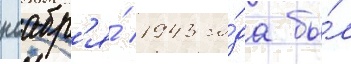
ноабр'я́ 1943 го́да бы́л